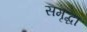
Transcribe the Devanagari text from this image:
समृद्धा